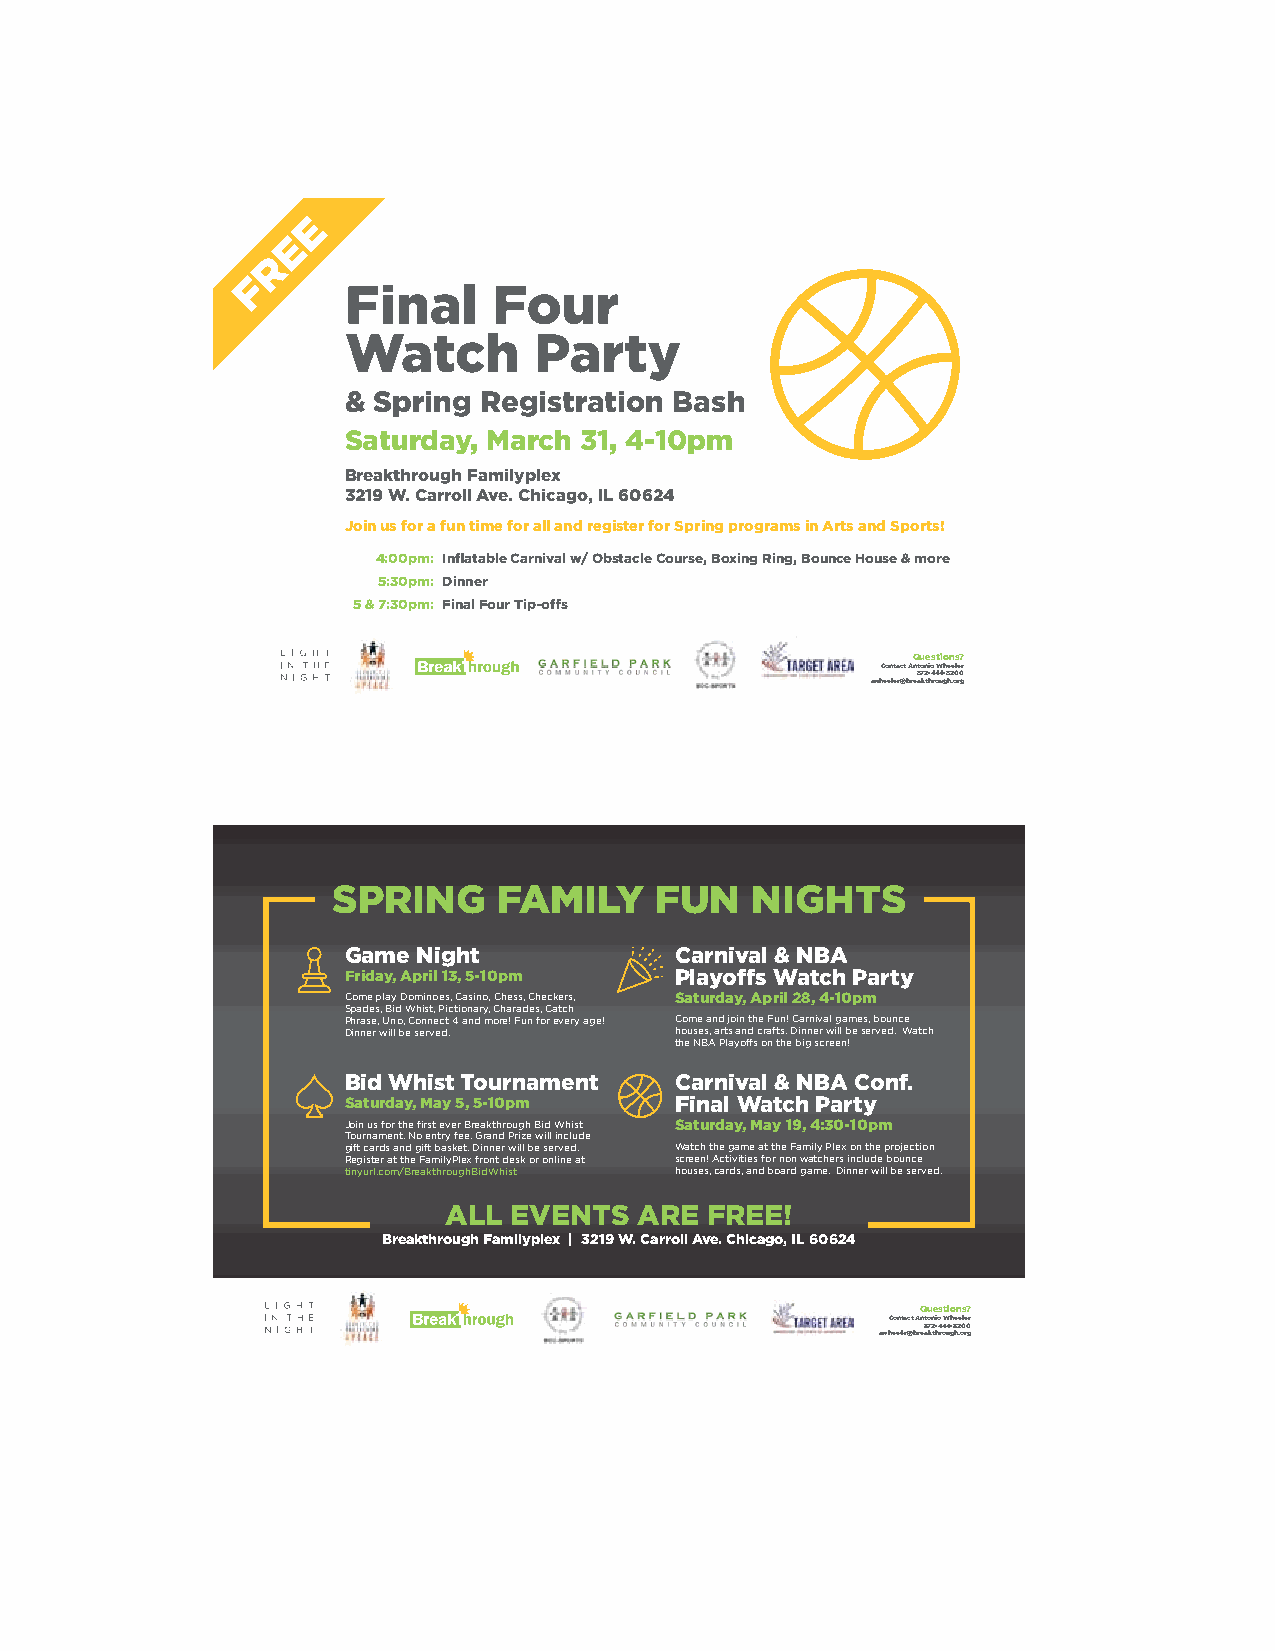
E
 E
 R
 F
 Final     Four
 Watch       Party
 & Spring Registration Bash
 Saturday, March 31, 4-10pm
 Breakthrough Familyplex
 3219 W. Carroll Ave. Chicago, IL 60624
 Join us for a fun time for all and register for Spring programs in Arts and Sports!
 4:00pm: Inflatable Carnival w/ Obstacle Course, Boxing Ring, Bounce House & more
 5:30pm: Dinner
 5 & 7:30pm: Final Four Tip-offs
 Questions?
 Contact Antonio Wheeler
 872-444-8200
 awheeler@breakthrough.org
 E
 E
 R
 F
 SPRING     FAMILY    FUN    NIGHTS
 Game Night            Carnival & NBA
 Friday, April 13, 5-10pm Playoffs Watch Party
 Come play Dominoes, Casino, Chess, Checkers, Saturday, April 28, 4-10pm
 Spades, Bid Whist, Pictionary, Charades, Catch
 Phrase, Uno, Connect 4 and more! Fun for every age! Come and join the Fun! Carnival games, bounce
 Dinner will be served. houses, arts and crafts. Dinner will be served. Watch
 the NBA Playoffs on the big screen!
 Bid Whist Tournament  Carnival & NBA Conf.
 Saturday, May 5, 5-10pm Final Watch Party
 Join us for the first ever Breakthrough Bid Whist Saturday, May 19, 4:30-10pm
 Tournament. No entry fee. Grand Prize will include
 gift cards and gift basket. Dinner will be served. Watch the game at the Family Plex on the projection
 Register at the FamilyPlex front desk or online at screen! Activities for non watchers include bounce
 tinyurl.com/BreakthroughBidWhist houses, cards, and board game. Dinner will be served.
 ALL  EVENTS  ARE  FREE!
 Breakthrough Familyplex | 3219 W. Carroll Ave. Chicago, IL 60624
 Questions?
 Contact Antonio Wheeler
 872-444-8200
 awheeler@breakthrough.org